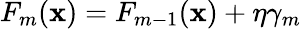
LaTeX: F_{m}({\mathbf x})=F_{m-1}({\mathbf x})+\eta\gamma_{m}